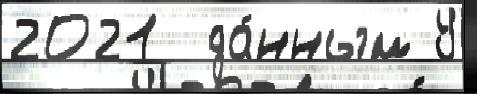
2021  да́нным У